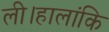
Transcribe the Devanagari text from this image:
ली।हालांकि